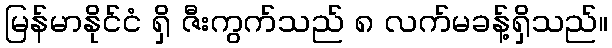
မြန်မာနိုင်ငံ ရှိ ဇီးကွက်သည် ၈ လက်မခန့်ရှိသည်။